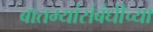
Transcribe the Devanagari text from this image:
बातम्यांसंबंधीच्या